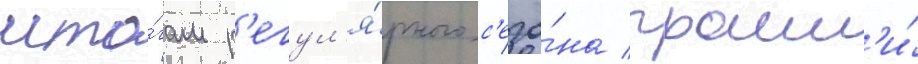
ито́гам р'егул'я́рного с'езо́на прошл'и́